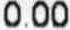
0.00